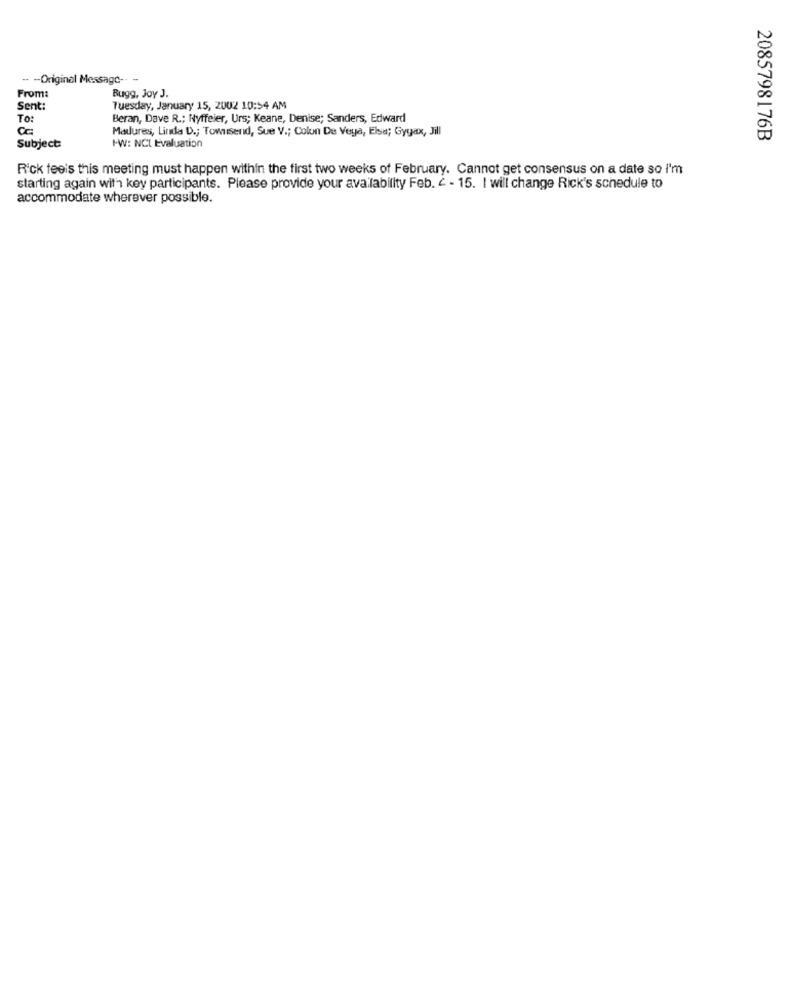
-- - Original Message -- -
From:
Bugg, Joy J.
Sent:
Tuesday, January 15, 2002 10:54 AM
To:
Beran, Dave R .; Nyffeier, Urs; Keane, Denise; Sanders, Edward
Cc:
Madures, Linda D .; Townsend, Sue V .; Colon De Veya, Elsa; Gygax, Jill
2085798176B
Subject
I-W: NCI Evaluation
Rick feeis this meeting must happen within the first two weeks of February. Cannot get consensus on a date so I'm
starting again with key participants. Please provide your availability Feb. ¿ - 15. I will change Rick's schedule to
accommodate wherever possible.